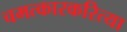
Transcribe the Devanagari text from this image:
चमत्कारकरित्या